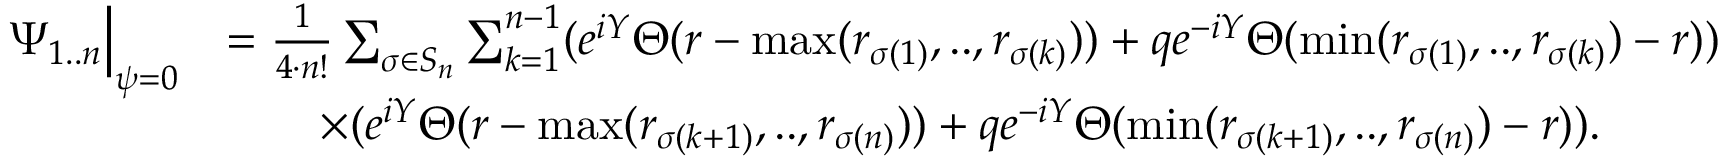
\begin{array} { r l } { \Psi _ { 1 . . n } \Big | _ { \psi = 0 } } & { = \frac { 1 } { 4 \cdot n ! } \sum _ { \sigma \in S _ { n } } \sum _ { k = 1 } ^ { n - 1 } ( e ^ { i Y } \Theta ( r - \operatorname* { m a x } ( r _ { \sigma ( 1 ) } , . . , r _ { \sigma ( k ) } ) ) + q e ^ { - i Y } \Theta ( \operatorname* { m i n } ( r _ { \sigma ( 1 ) } , . . , r _ { \sigma ( k ) } ) - r ) ) } \\ & { \qquad \times ( e ^ { i Y } \Theta ( r - \operatorname* { m a x } ( r _ { \sigma ( k + 1 ) } , . . , r _ { \sigma ( n ) } ) ) + q e ^ { - i Y } \Theta ( \operatorname* { m i n } ( r _ { \sigma ( k + 1 ) } , . . , r _ { \sigma ( n ) } ) - r ) ) . } \end{array}